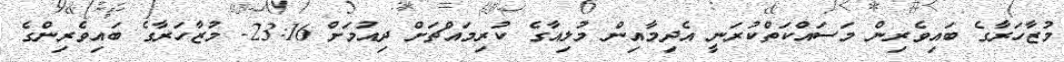
މުޒާހަރާގެ ބައިވެރިން މަސައްކަތްކުރަނީ އެދިމާއިން މުލިއާގެ ކުރިމައްޗަށް ދިއުމަށް 23:16- މުޒާހަރާގެ ބައިވެރިންގެ